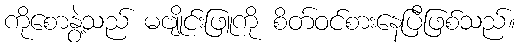
ကိုစောနွဲ့သည် မဗျိုင်းဖြူကို စိတ်ဝင်စားနေပြီဖြစ်သည်။